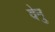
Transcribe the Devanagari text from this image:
वेनु